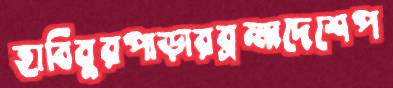
হাবিবুরপাড়ারব্রহ্মদেশেপ